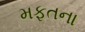
મફતના